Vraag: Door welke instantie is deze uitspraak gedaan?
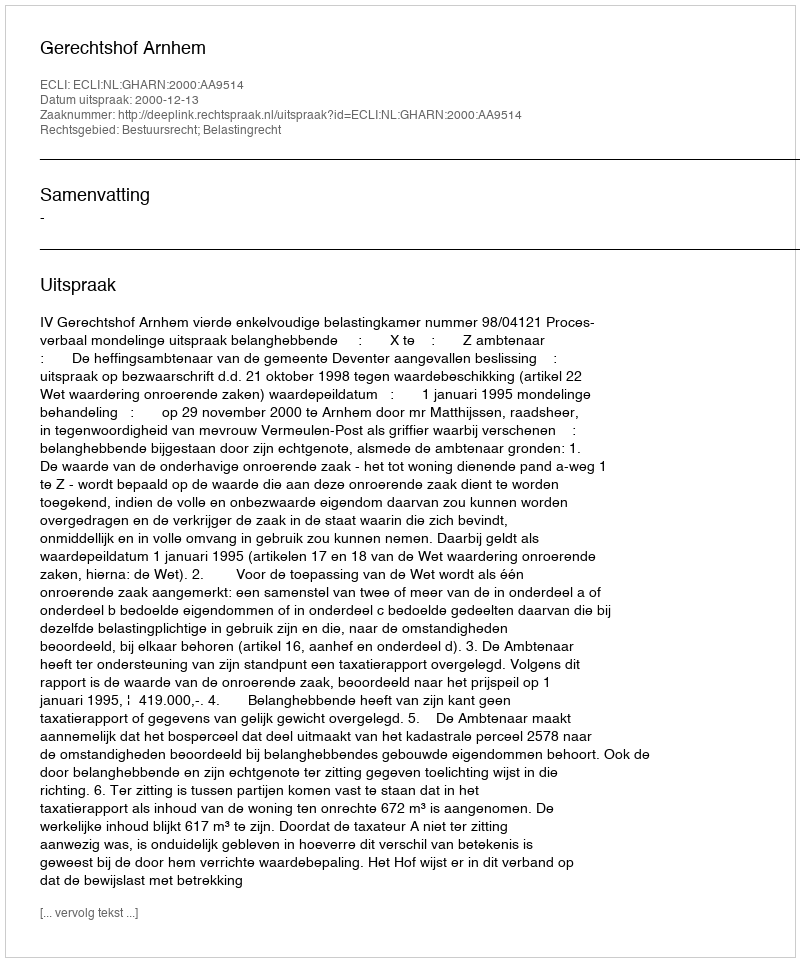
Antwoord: Gerechtshof Arnhem